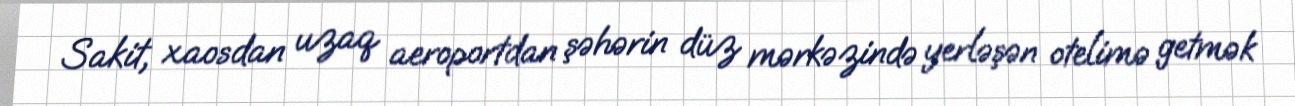
Sakit, xaosdan uzaq aeroportdan şəhərin düz mərkəzində yerləşən otelimə getmək